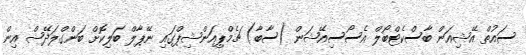
ސައުތް އޭޝިއަން ބާސްކެޓްބޯލް އެސޯސިއޭޝަން (ސާބާ) ޗެމްޕިއަންޝިޕްގައި ނޭޕާލް ބަލިކޮށް ބަންގްލަދޭޝް އިން